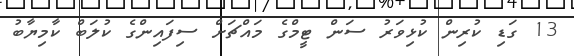
13 ގަޑި ކުރިން ކުޅިވަރު ސަން ޓީމްގެ މައްޗަށް ސިފައިންގެ ކުލަބް ކާމިޔާބު